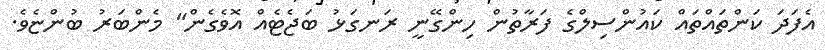
އެފަދަ ކަންތައްތައް ކައުންސިލްގެ ފަރާތުން ހިންގޭނީ ރަނގަޅު ބަޖެޓެއް އޮވެގެން" މެންބަރު ބުންޏެވެ.